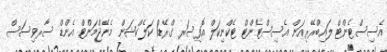
އެސިސްޓެންޓް ލައިބްރޭރިއަން އެސިސްޓެންޓް ޓެކްނިކަލް އޮފިސަރ ގްރޭޑް1 ކަލެކްޝަން މެނޭޖްމަންޓް އެންޑް ސާރވިސަސް